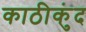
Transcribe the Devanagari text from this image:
काठीकुंद